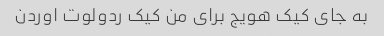
به جای کیک هویج برای من کیک ردولوت اوردن